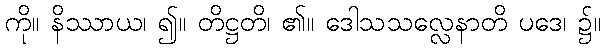
ကို။ နိဿာယ၊ ၍။ တိဋ္ဌတိ၊ ၏။ ဒေါသသလ္လေနာတိ ပဒေ၊ ၌။